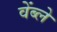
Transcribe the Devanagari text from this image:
वेंब्ले